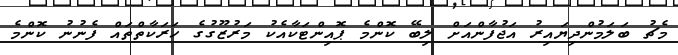
މެޗު ބަލަމުންދިޔައިރު އަޖުފާންއަށް ލިބޭ ކޮންމެ ޕޮއިންޓަކާއެކު މަރުޒޫގުގެ ހަރަކާތްތައް ފެނުނު ކޮންމެ